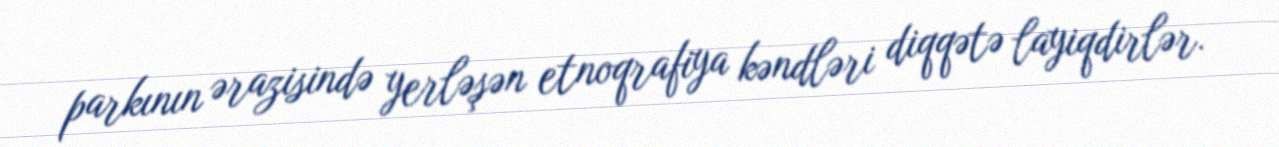
parkının ərazisində yerləşən etnoqrafiya kəndləri diqqətə layiqdirlər.